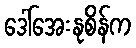
ဒေါ်အေးနုစိန်က